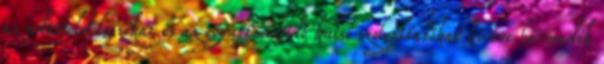
az adatfeldolgozókat és az együttműködő külső szolgáltatókat kivéve harmadik